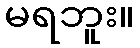
မရဘူး။